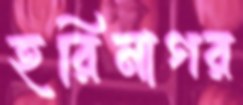
হরিনাগর